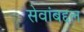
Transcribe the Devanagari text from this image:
सेवांबद्दल